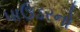
પાઉડરનો